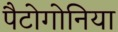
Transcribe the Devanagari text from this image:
पैटोगोनिया